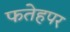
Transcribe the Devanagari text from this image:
फतेहपर